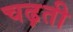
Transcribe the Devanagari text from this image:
चढ़़ती